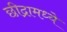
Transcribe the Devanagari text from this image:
छीद्रामध्ये